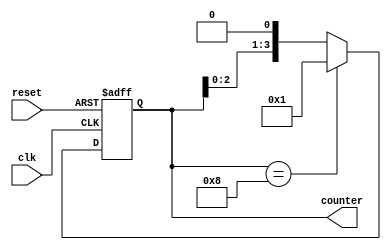
module RingCounter(
    input wire clk,
    input wire reset,
    output reg [3:0] counter
);

always @(posedge clk or posedge reset) begin
    if (reset) begin
        counter <= 4'b0000;
    end else begin
        counter <= counter << 1;
        if (counter == 4'b1000) begin
            counter <= 4'b0001;
        end
    end
end

endmodule